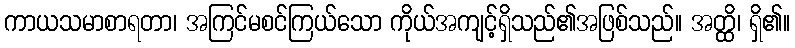
ကာယသမာစာရတာ၊ အကြင်မစင်ကြယ်သော ကိုယ်အကျင့်ရှိသည်၏အဖြစ်သည်။ အတ္ထိ၊ ရှိ၏။